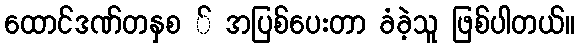
ထောင်ဒဏ်တနှစ ် အပြစ်ပေးတာ ခံခဲ့သူ ဖြစ်ပါတယ်။